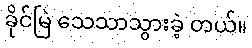
ခိုင်မြဲ သေသာသွားခဲ့ တယ်။